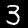
Label: 3